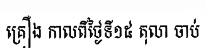
គ្រឿង កាលពីថ្ងៃទី១៥ តុលា ចាប់